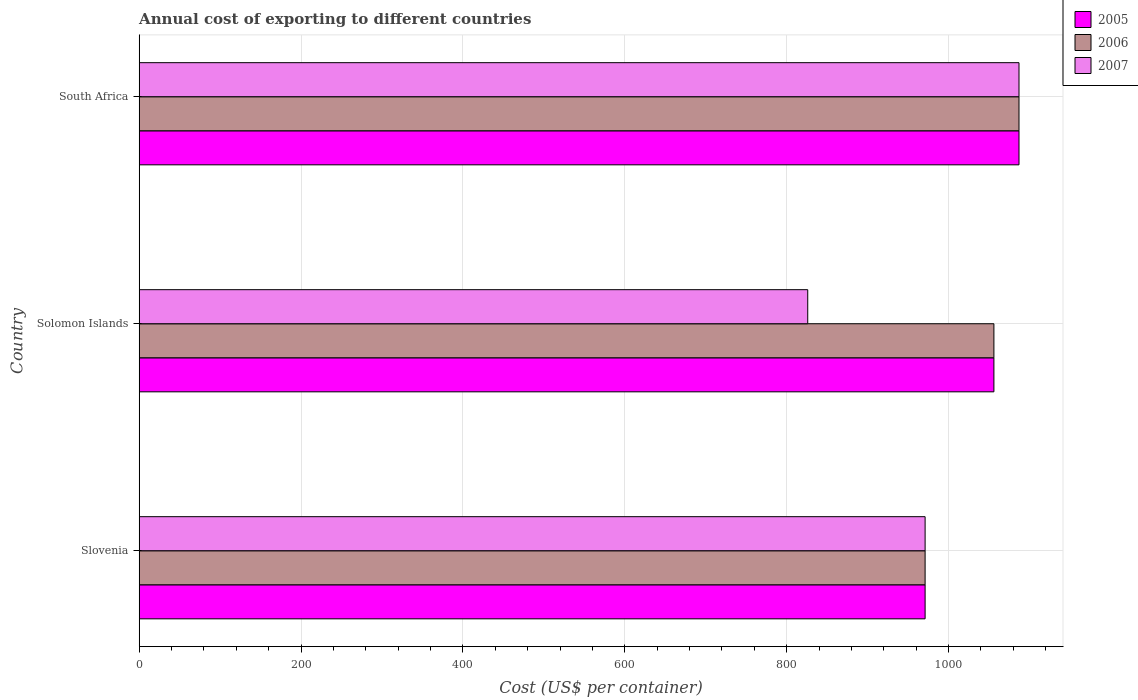
| Country | 2005 | 2006 | 2007 |
 | --- | --- | --- | --- |
 | Slovenia | 971 | 971 | 971 |
 | Solomon Islands | 1.06e+03 | 1.06e+03 | 826 |
 | South Africa | 1.09e+03 | 1.09e+03 | 1.09e+03 |